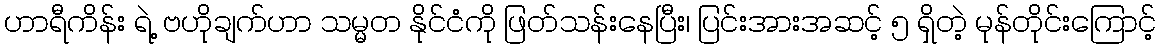
ဟာရီကိန်း ရဲ့ ဗဟိုချက်ဟာ သမ္မတ နိုင်ငံကို ဖြတ်သန်းနေပြီး၊ ပြင်းအားအဆင့် ၅ ရှိတဲ့ မုန်တိုင်းကြောင့်